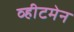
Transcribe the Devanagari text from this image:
व्हीटमेन